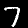
Label: 7